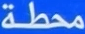
محطة